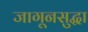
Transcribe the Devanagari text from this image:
जागूनसुद्धा